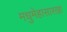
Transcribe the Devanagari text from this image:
मधुमेहासारखा